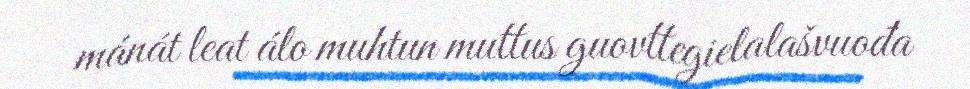
mánát leat álo muhtun muttus guovttegielalašvuođa